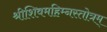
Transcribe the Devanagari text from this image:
श्रीशिवमहिम्नस्तोत्रम्